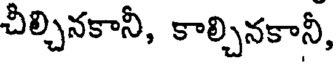
చీల్చినకానీ, కాల్చినకానీ,